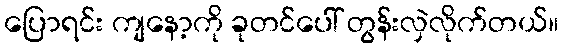
ပြောရင်း ကျနော့ကို ခုတင်ပေါ် တွန်းလှဲလိုက်တယ်။